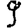
Digit: 9